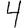
Digit: 4